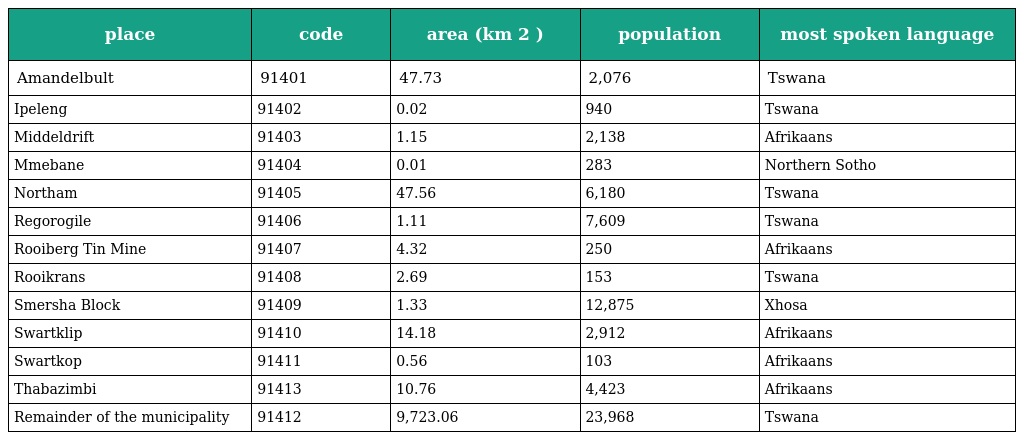
| place | code | area (km 2 ) | population | most spoken language |
 | --- | --- | --- | --- | --- |
 | Amandelbult | 91401 | 47.73 | 2,076 | Tswana |
 | Ipeleng | 91402 | 0.02 | 940 | Tswana |
 | Middeldrift | 91403 | 1.15 | 2,138 | Afrikaans |
 | Mmebane | 91404 | 0.01 | 283 | Northern Sotho |
 | Northam | 91405 | 47.56 | 6,180 | Tswana |
 | Regorogile | 91406 | 1.11 | 7,609 | Tswana |
 | Rooiberg Tin Mine | 91407 | 4.32 | 250 | Afrikaans |
 | Rooikrans | 91408 | 2.69 | 153 | Tswana |
 | Smersha Block | 91409 | 1.33 | 12,875 | Xhosa |
 | Swartklip | 91410 | 14.18 | 2,912 | Afrikaans |
 | Swartkop | 91411 | 0.56 | 103 | Afrikaans |
 | Thabazimbi | 91413 | 10.76 | 4,423 | Afrikaans |
 | Remainder of the municipality | 91412 | 9,723.06 | 23,968 | Tswana |